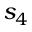
s _ { 4 }